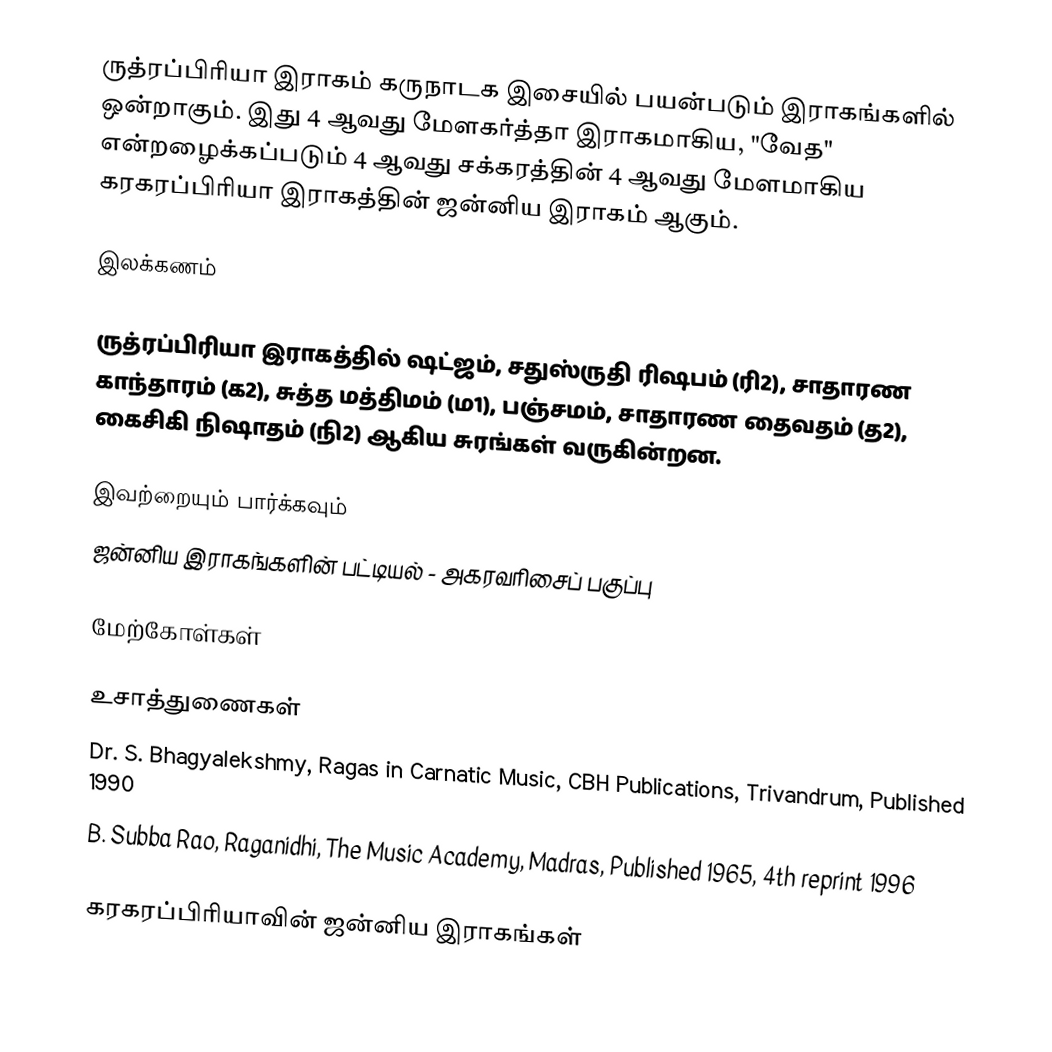
ருத்ரப்பிரியா இராகம் கருநாடக இசையில் பயன்படும் இராகங்களில் ஒன்றாகும். இது 4 ஆவது மேளகர்த்தா இராகமாகிய, "வேத" என்றழைக்கப்படும் 4 ஆவது சக்கரத்தின் 4 ஆவது மேளமாகிய கரகரப்பிரியா இராகத்தின் ஜன்னிய இராகம் ஆகும்.

இலக்கணம்

ருத்ரப்பிரியா இராகத்தில் ஷட்ஜம், சதுஸ்ருதி ரிஷபம் (ரி2), சாதாரண காந்தாரம் (க2), சுத்த மத்திமம் (ம1), பஞ்சமம், சாதாரண தைவதம் (த2), கைசிகி நிஷாதம் (நி2) ஆகிய சுரங்கள் வருகின்றன.

இவற்றையும் பார்க்கவும்
 ஜன்னிய இராகங்களின் பட்டியல் - அகரவரிசைப் பகுப்பு

மேற்கோள்கள்

உசாத்துணைகள்
 Dr. S. Bhagyalekshmy, Ragas in Carnatic Music, CBH Publications, Trivandrum, Published 1990
 B. Subba Rao, Raganidhi, The Music Academy, Madras, Published 1965, 4th reprint 1996

கரகரப்பிரியாவின் ஜன்னிய இராகங்கள்